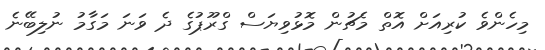
މިހެންވެ ކުރިއަށް އޮތް މެޗުން މޮޅުވިޔަސް ގްރޫޕުގެ ދެ ވަނަ މަގާމު ނުލިބޭނެ